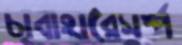
চাবাহারেসম্প